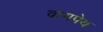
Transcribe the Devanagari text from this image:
वायपेय